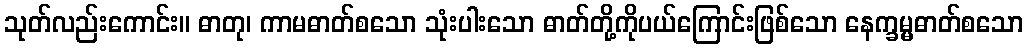
သုတ်လည်းကောင်း။ ဓာတု၊ ကာမဓာတ်စသော သုံးပါးသော ဓာတ်တို့ကိုပယ်ကြောင်းဖြစ်သော နေက္ခမ္မဓာတ်စသော